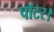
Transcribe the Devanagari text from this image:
पॉटर।